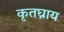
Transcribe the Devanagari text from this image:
कृतघ्नाय